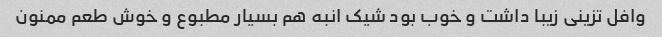
وافل تزینی زیبا داشت و خوب بود شیک انبه هم بسیار مطبوع و خوش طعم ممنون